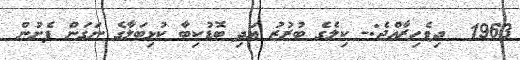
1963  ދިވެހިރާއްޖެ:- ކިލެގެ ބުރުޒު އަދި ބޮޑުކިބާ ކުޅިބަލާގެ ނަގަން ފެށުން